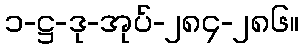
၁-ဋ္ဌ-ဒု-အုပ်-၂၈၄-၂၈၆။